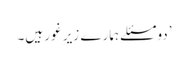
’دو مسئلے ہمارے زیرِ غور ہیں۔